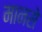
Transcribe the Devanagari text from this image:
मानसे